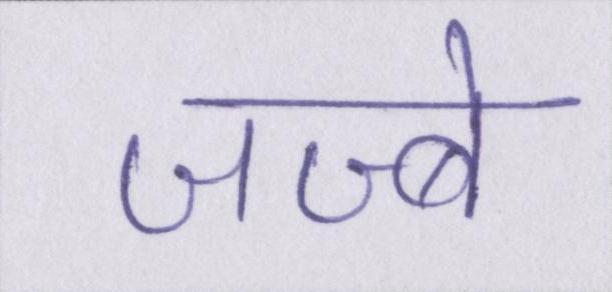
जज्बे